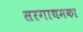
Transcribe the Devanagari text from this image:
सरगाथमका